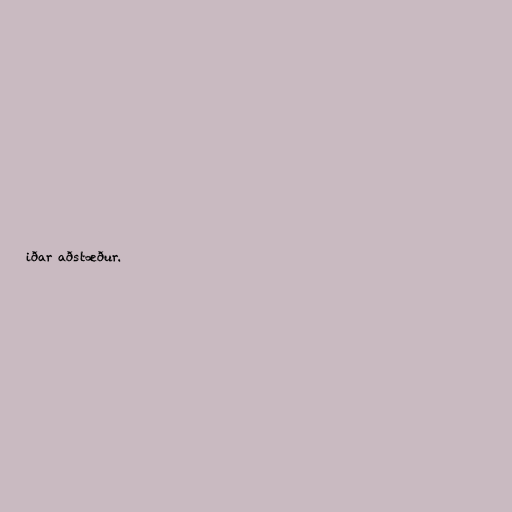
iðar aðstæður.